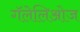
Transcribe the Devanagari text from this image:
गॅलेलिओज